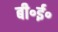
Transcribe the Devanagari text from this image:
बी॰ई॰